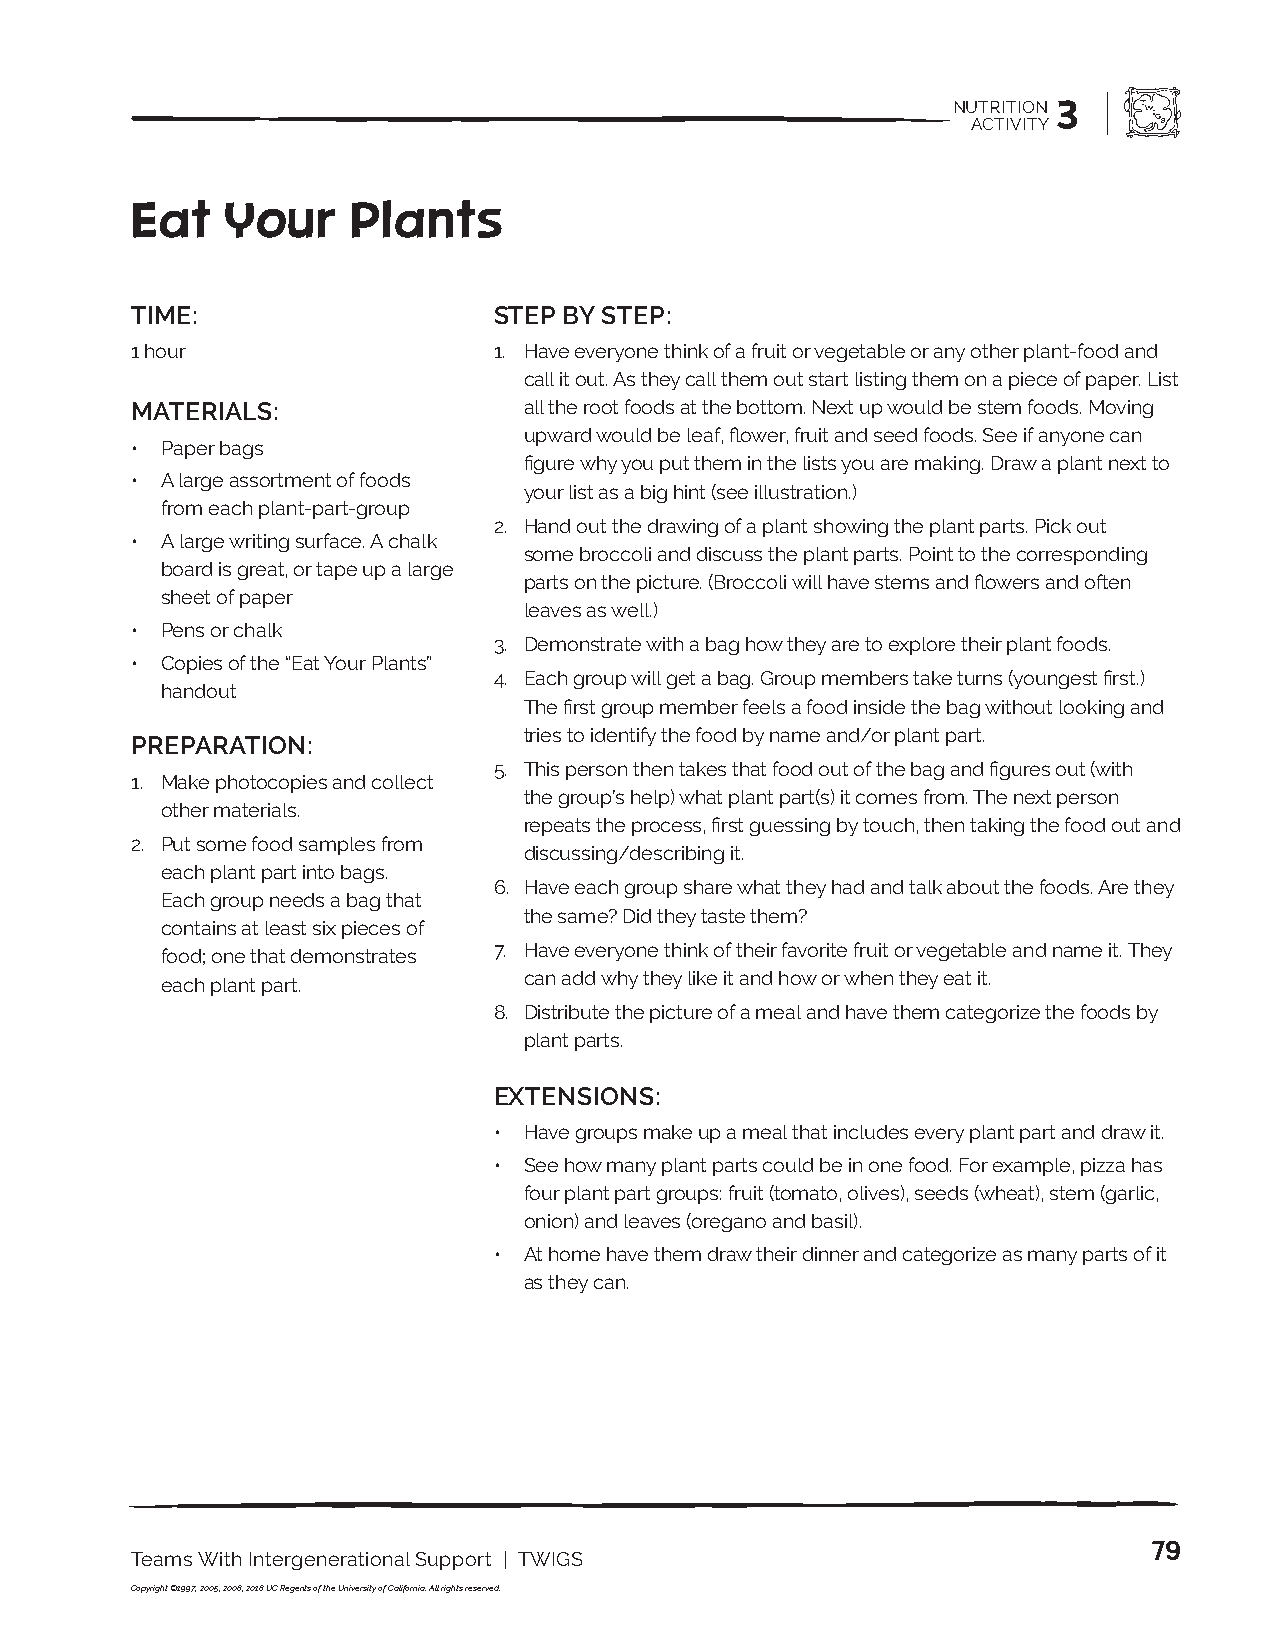
NUTRITION 3
 ACTIVITY
 Eat   Your    Plants
 TIME:                   STEP BY STEP:
 1 hour                  1. Have everyone think of a fruit or vegetable or any other plant-food and
 call it out. As they call them out start listing them on a piece of paper. List
 MATERIALS:                all the root foods at the bottom. Next up would be stem foods. Moving
 upward would be leaf, flower, fruit and seed foods. See if anyone can
 • Paper bags
 figure why you put them in the lists you are making. Draw a plant next to
 • A large assortment of foods
 your list as a big hint (see illustration.)
 from each plant-part-group
 2. Hand out the drawing of a plant showing the plant parts. Pick out
 • A large writing surface. A chalk
 some broccoli and discuss the plant parts. Point to the corresponding
 board is great, or tape up a large
 parts on the picture. (Broccoli will have stems and flowers and often
 sheet of paper
 leaves as well.)
 • Pens or chalk
 3. Demonstrate with a bag how they are to explore their plant foods.
 • Copies of the “Eat Your Plants”
 4. Each group will get a bag. Group members take turns (youngest first.)
 handout
 The first group member feels a food inside the bag without looking and
 tries to identify the food by name and/or plant part.
 PREPARATION:
 5. This person then takes that food out of the bag and figures out (with
 1. Make photocopies and collect
 the group’s help) what plant part(s) it comes from. The next person
 other materials.
 repeats the process, first guessing by touch, then taking the food out and
 2. Put some food samples from
 discussing/describing it.
 each plant part into bags.
 6. Have each group share what they had and talk about the foods. Are they
 Each group needs a bag that
 the same? Did they taste them?
 contains at least six pieces of
 7. Have everyone think of their favorite fruit or vegetable and name it. They
 food; one that demonstrates
 can add why they like it and how or when they eat it.
 each plant part.
 8. Distribute the picture of a meal and have them categorize the foods by
 plant parts.
 EXTENSIONS:
 • Have groups make up a meal that includes every plant part and draw it.
 • See how many plant parts could be in one food. For example, pizza has
 four plant part groups: fruit (tomato, olives), seeds (wheat), stem (garlic,
 onion) and leaves (oregano and basil).
 • At home have them draw their dinner and categorize as many parts of it
 as they can.
 79
 Teams With Intergenerational Support | TWIGS
 Copyright ©1997, 2005, 2008, 2018 UC Regents of the University of California. All rights reserved.